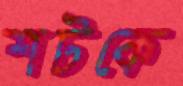
শটকে